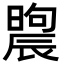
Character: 𣊤